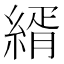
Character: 縃